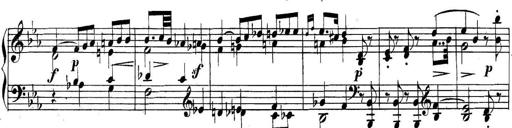
Title: Collected Piano Sonatas
Composer: Muzio Clementi